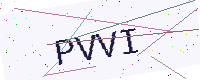
Text: PVVI